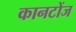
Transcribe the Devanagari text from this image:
कानटोंज